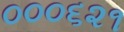
૦૦૦૬૨૧